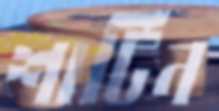
শার্টিন